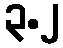
၃.၂